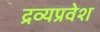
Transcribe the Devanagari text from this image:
द्रव्यप्रवेश